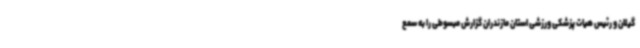
گیلان و رئیس هیات پزشکی ورزشی استان مازندران گزارش مبسوطی را به سمع